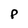
Character: P